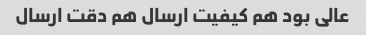
عالی بود هم کیفیت ارسال هم دقت ارسال